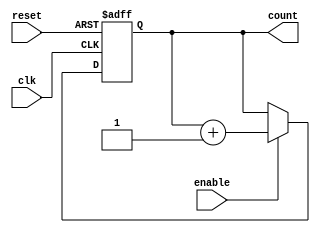
module async_counter #(
    parameter N = 4 // Configurable number of bits (default is 4)
)(
    input wire clk,          // Clock input
    input wire reset,        // Asynchronous reset input
    input wire enable,       // Enable input (optional)
    output reg [N-1:0] count // Output count value
);

// Asynchronous reset and counting logic
always @(posedge clk or posedge reset) begin
    if (reset) begin
        count <= 0;           // Reset count to 0
    end else if (enable) begin
        count <= count + 1;   // Increment count
    end
end

// Initialization
initial begin
    count = 0; // Initialize count to 0
end

endmodule